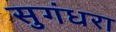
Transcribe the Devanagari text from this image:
सुगंधरा